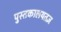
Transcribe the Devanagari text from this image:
पुस्तकालयतज्ञ